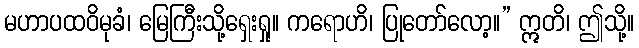
မဟာပထဝိမုခံ၊ မြေကြီးသို့ရှေးရှု။ ကရောဟိ၊ ပြုတော်လော့။” ဣတိ၊ ဤသို့။